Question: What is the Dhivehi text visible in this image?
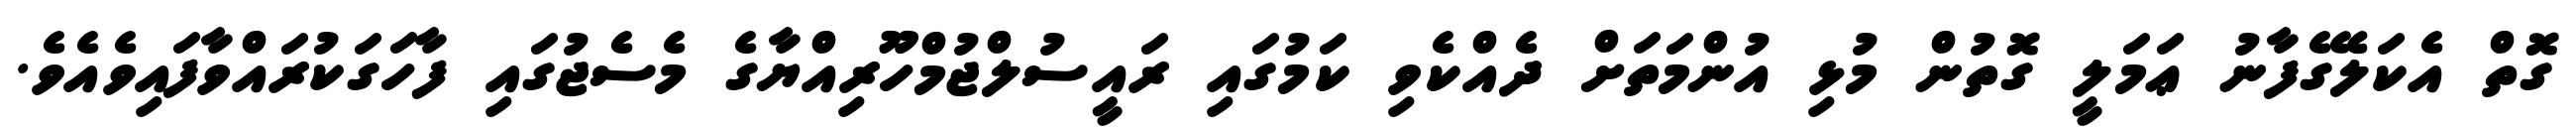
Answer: ގޮތް އެކަލޭގެފާނު ޢަމަލީ ގޮތުން މުޅި އުންމަތަށް ދެއްކެވި ކަމުގައި ރައީސުލްޖުމްހޫރިއްޔާގެ މެސެޖުގައި ފާހަގަކުރައްވާފައިވެއެވެ.